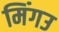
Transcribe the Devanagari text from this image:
मिंगउ